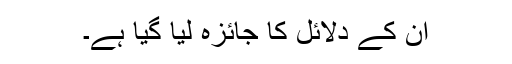
ان کے دلائل کا جائزہ لیا گیا ہے۔